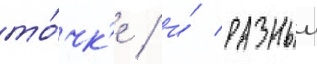
то́чк'е / и́ разныи